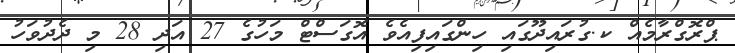
ޕްރޮގްރާމެއް ކ.ގުރައިދޫގައި ހިންގައިފިއެވެ އޮގަސްޓް މަހުގެ 27 އަދި 28 މި ދެދުވަހު